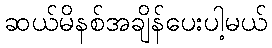
ဆယ်မိနစ်အချိန်ပေးပါ့မယ်